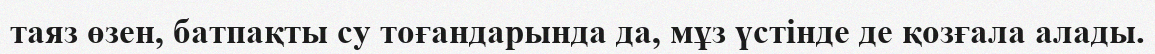
таяз өзен, батпақты су тоғандарында да, мұз үстінде де қозғала алады.